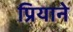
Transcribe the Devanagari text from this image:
प्रियाने